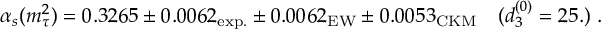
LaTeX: \alpha _ { s } ( m _ { \tau } ^ { 2 } ) = 0 . 3 2 6 5 \pm 0 . 0 0 6 2 _ { \mathrm { e x p . } } \pm 0 . 0 0 6 2 _ { \mathrm { E W } } \pm 0 . 0 0 5 3 _ { \mathrm { C K M } } \quad ( d _ { 3 } ^ { ( 0 ) } = 2 5 . ) \ .